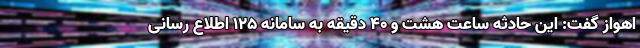
اهواز گفت: این حادثه ساعت هشت و ۴۰ دقیقه به سامانه ۱۲۵ اطلاع رسانی